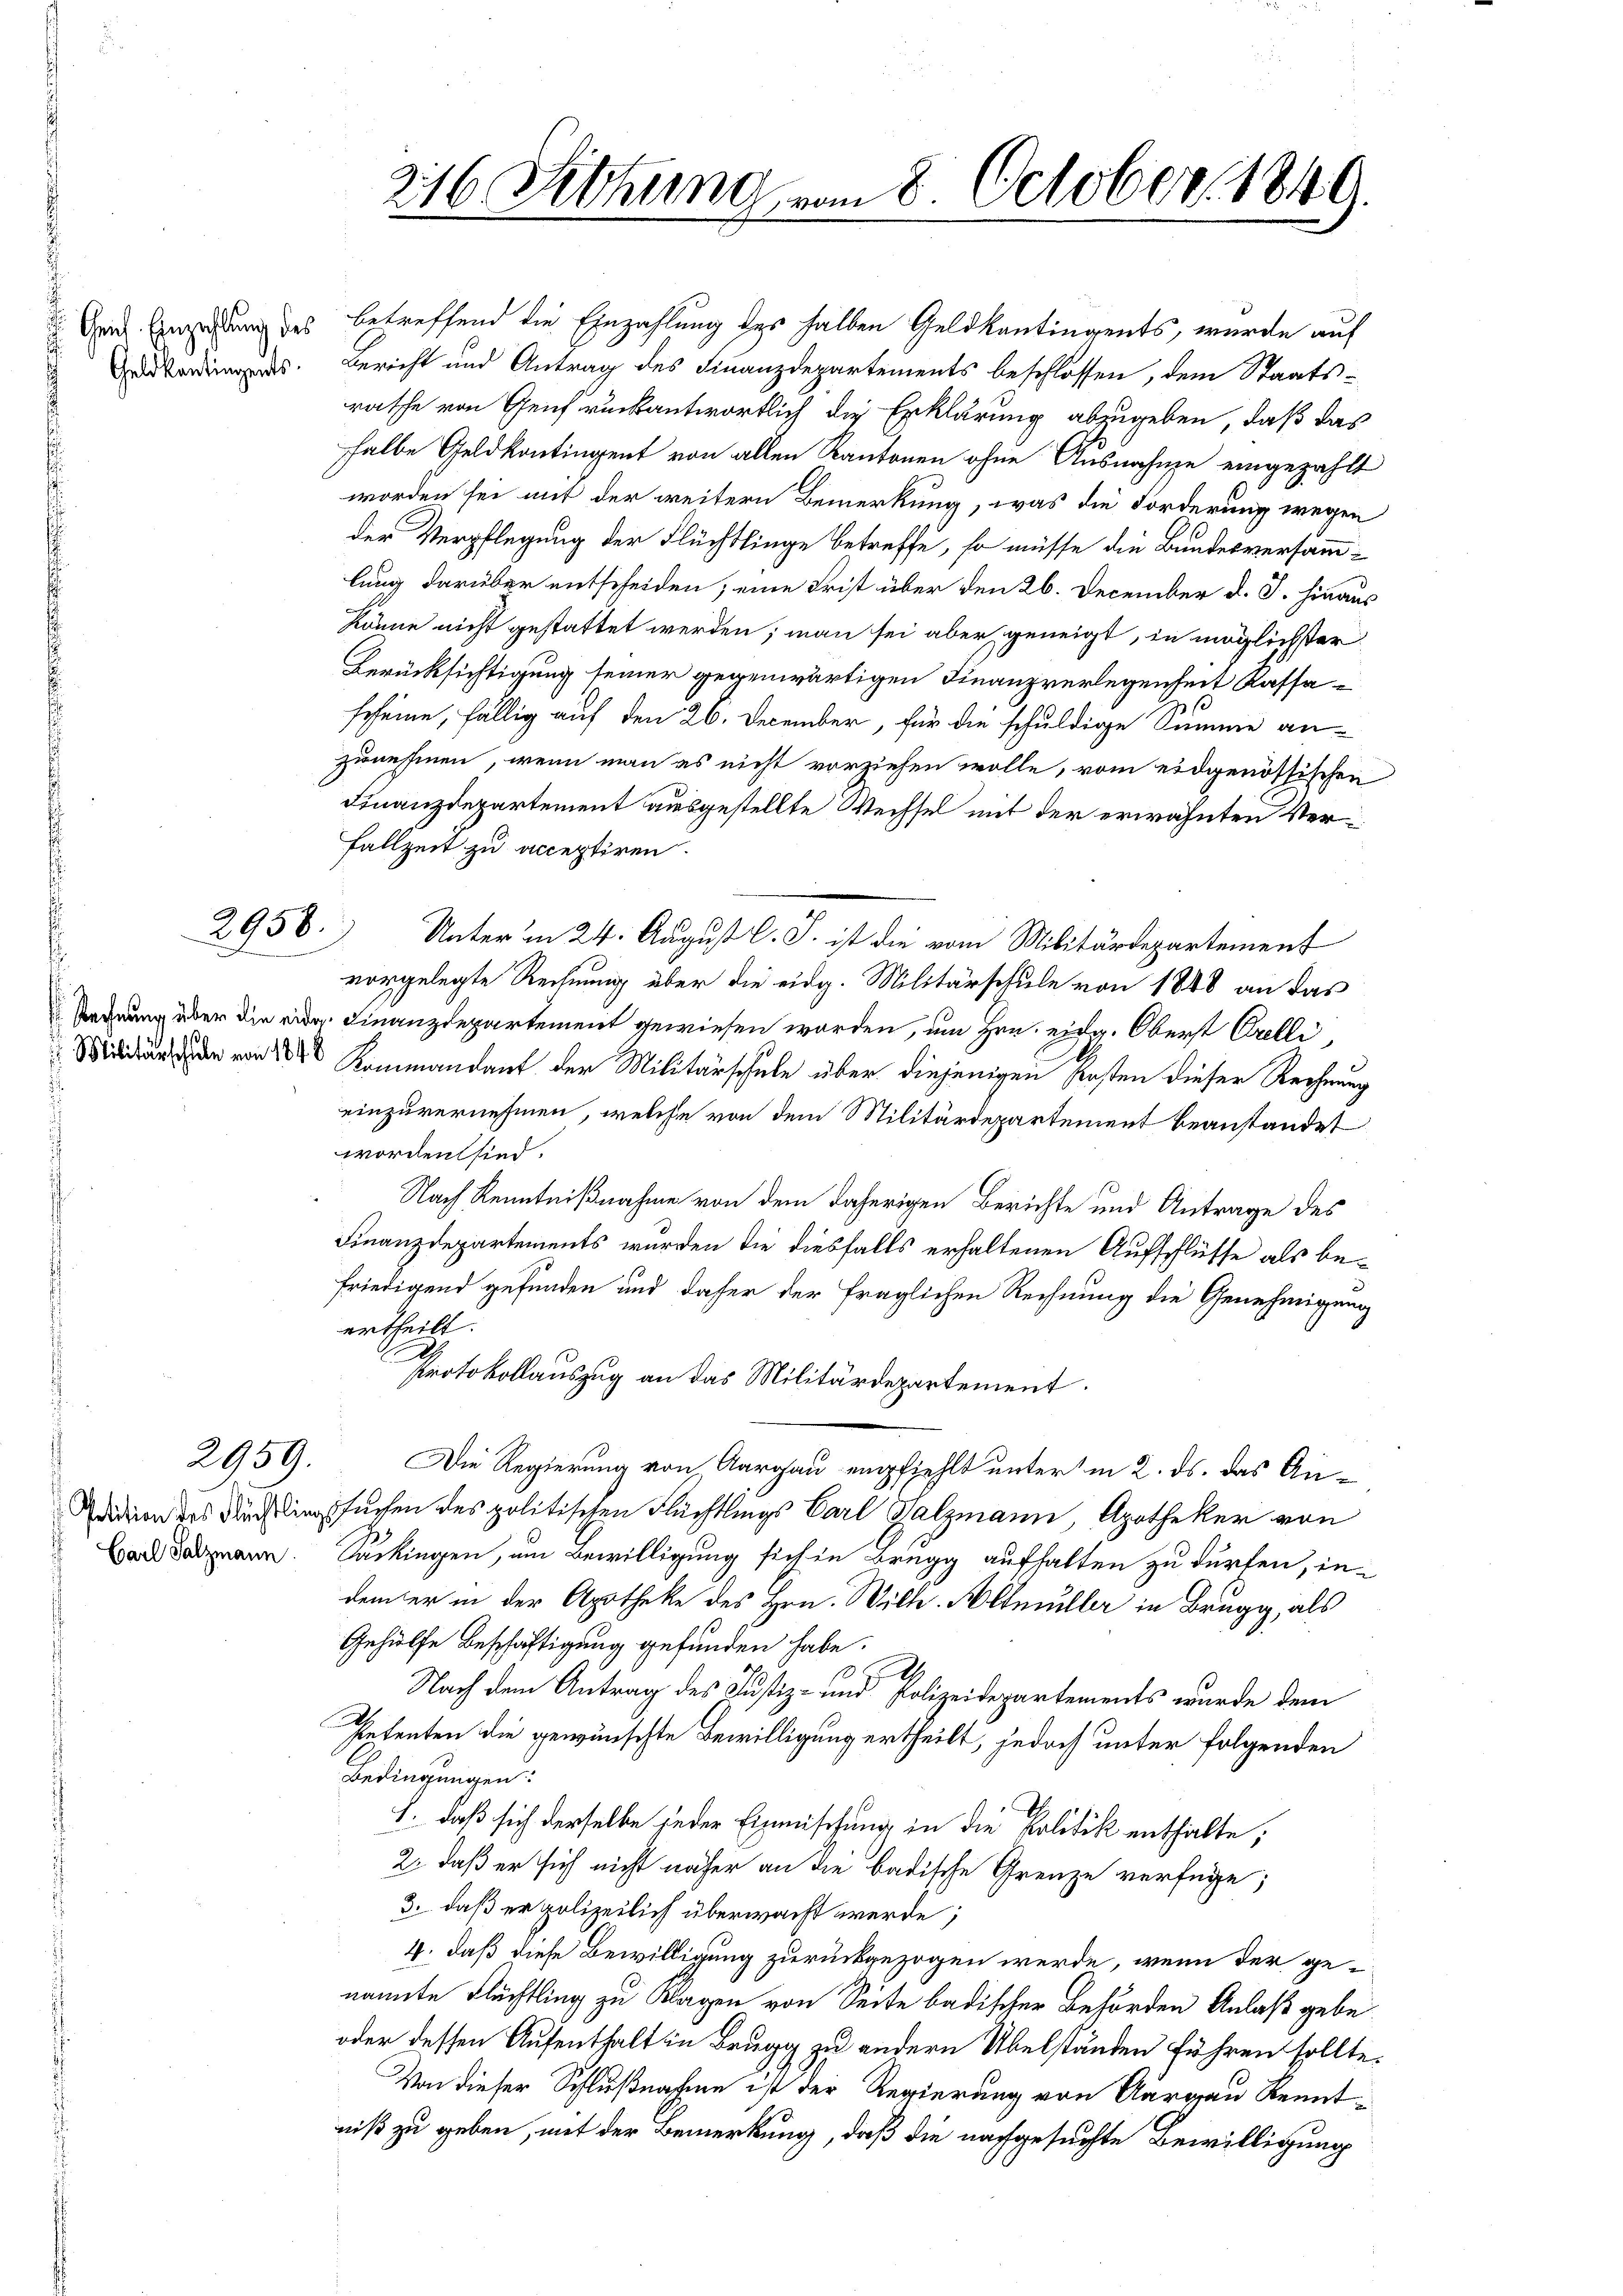
.

¬

2958.

Dach Einzahlung des betreffend die Einzahlung des halben Geldkantingents, wurde auf
s. Bericht und Antrag des Finanzdepartements beschlossen, dem Staatsrathe von Genfrückantwortlich die Erklärung abzugeben, daß das
halbe Geldkontingent von allen Kantonen ohne Ausnahme eingezählt
worden sei mit der weitern Bemerkung, was die Forderung wegen
der Verpflegung der Flüchtlinge betreffe, so müsse die Bundesversammlung darüber entscheiden; eine Frist über den 26. December d. J. hinaus
könne nicht gestattet werden; man sei aber geneigt, in möglichster
Berücksichtigung seiner gegenwärtigen Finanzverlegenheit Kassascheine, fällig auf den 26. December, für die schuldige Summe an-
zunehmen, wenn man es nicht vorziehen wolle, vom eidgenössischen
Finanzdepartement ausgestellte Wechsel mit der erwähnten Verfallzeit zu acceptiren.
Unter in 24. August l. J. ist die vom Militärdepartement
vorgelegte Rechnung über die eidg. Militärschule von 1848 an das
Federung über die der Finanzdepartement gewiesen worden, um Hrn. eidg. Oberst Orelli,
 Kommandant der Militärschule über diejenigen Kosten dieser Rechnung
einzuvernehmen, welche von dem Militärdepartement beanstandet
worden sind.
Nach Kenntnißnahme von dem daherigen Berichte und Antrage des
Finanzdepartements wurden die diesfalls erhaltenen Aufschlüsse als befriedigend gefunden und daher der fraglichen Rechnung die Genehmigung
ertheilt.
h
Protokollauszug an das Militärdepartement.
2959. Die Regierung von Aargau empfiehlt unterm 2. ds. das Andidion des Nach legstsuchen des politischen Flüchtlings Carl Salzmann Apotheker von
 wann Sackingen, um Bewilligung sich in Bregg aufhalten zu dürfen, indem er in der Apotheke des Hrn. Wille. Allmüller in Brugg, als
Gehülfe Beschäftigung gefunden habe.
I
Nach dem Antrag des Justiz- und Polizeidepartements wurde dem
Petenten die gewünschte Bewilligung ertheilt, jedoch unter folgenden
Bedingungen.
h. daß sich derselbe jeder Einmischung in die Politik enthalte;
2, daß er sich nicht näher an die badische Grenze verfüge;
3. daß er polizeilich überwacht werde;
4. daß diese Bewilligung zurückgezogen werde, wenn der genannte Flüchtling zu Klagen von Seite badischer Behörden Anlaß gebe
oder dessen Aufenthalt in Brugg zu andern Übelständen führen sollte.
Von dieser Schlußnahme ist der Regierung von Aargau Kenntniß zu geben, mit der Bemerkung, daß die nachgesuchte Bewilligung

216. Fettung vom 8. October 1840.